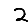
Digit: 2